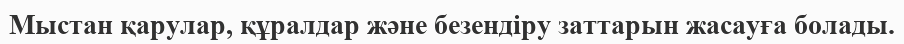
Мыстан қарулар, құралдар және безендіру заттарын жасауға болады.